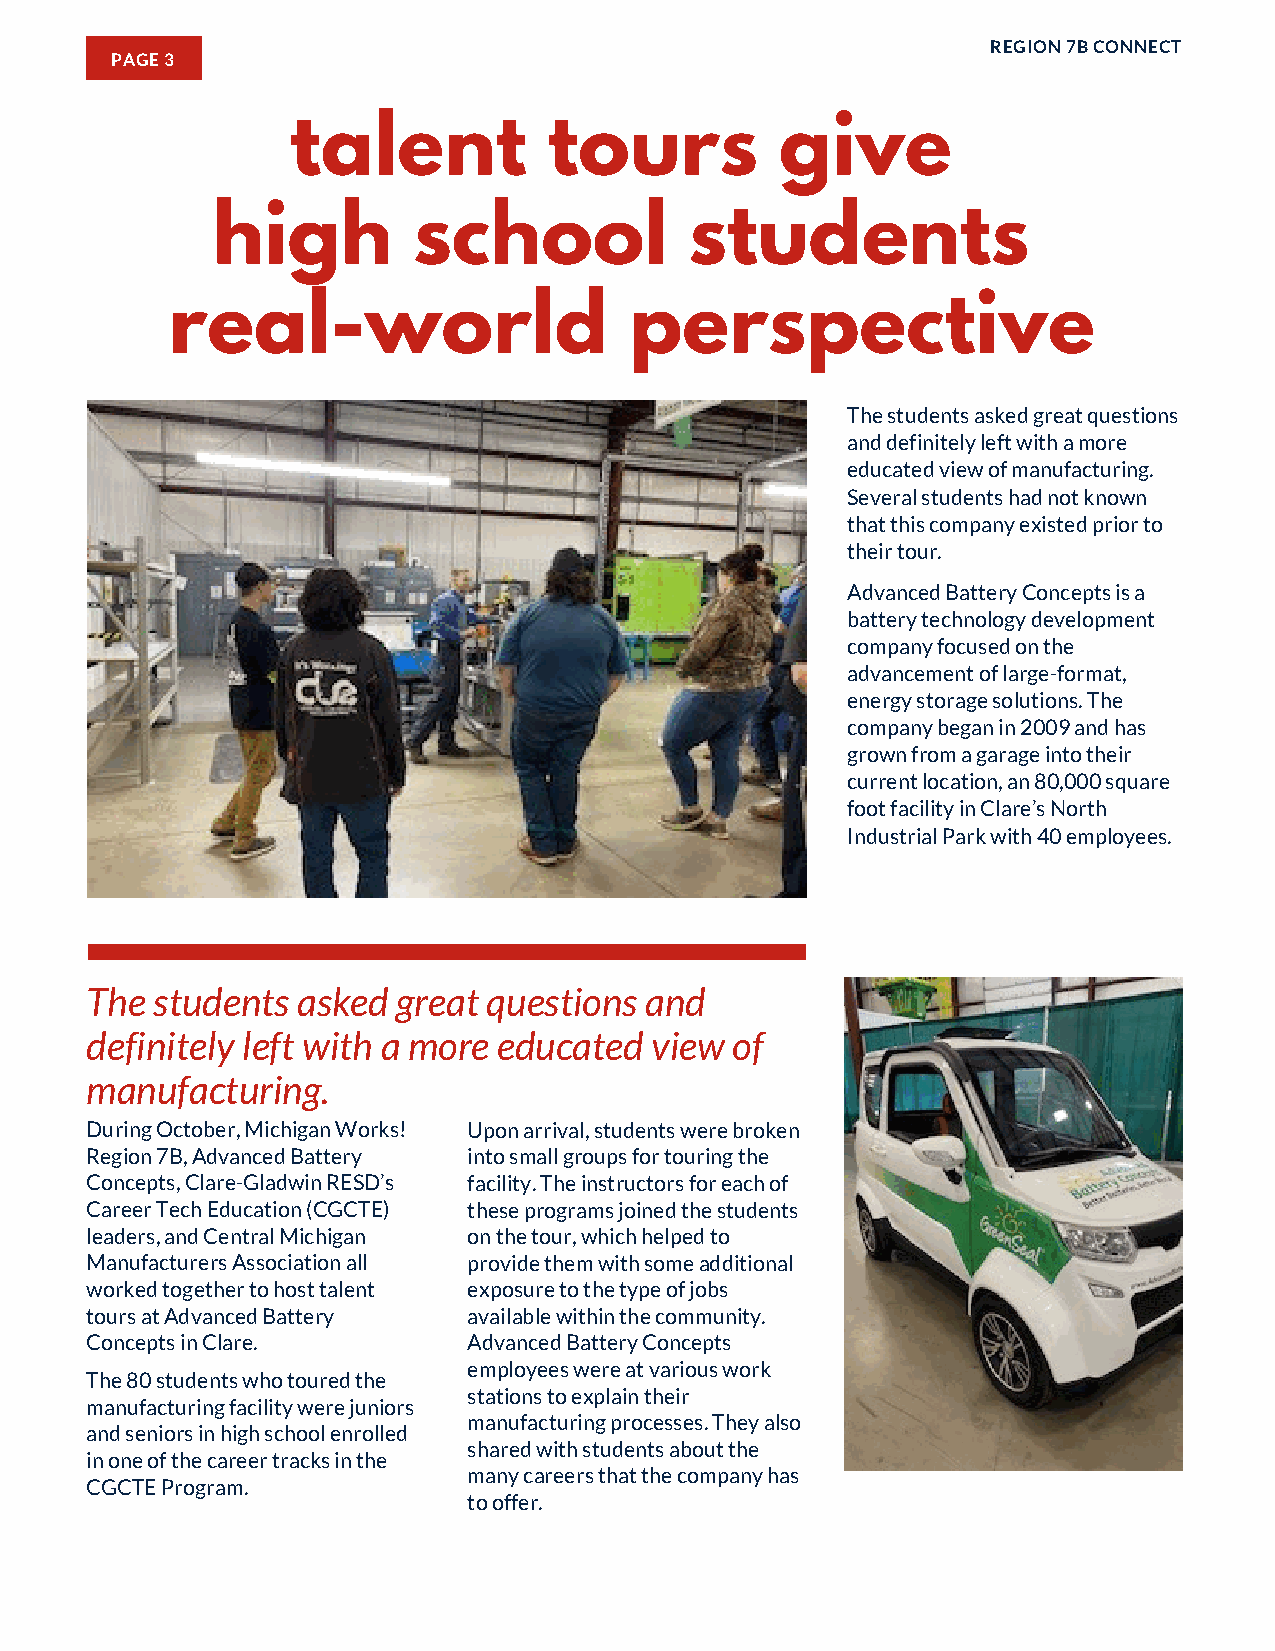
REGION 7B CONNECT
 PAGE 3
 talent           tours           give
 high         school             students
 real-world                     perspective
 The students asked great questions
 and definitely left with a more
 educated view of manufacturing.
 Several students had not known
 that this company existed prior to
 their tour.
 Advanced Battery Concepts is a
 battery technology development
 company focused on the
 advancement of large-format,
 energy storage solutions. The
 company began in 2009 and has
 grown from a garage into their
 current location, an 80,000 square
 foot facility in Clare’s North
 Industrial Park with 40 employees.
 The students  asked great questions  and
 definitely left with a more educated view of
 manufacturing.
 During October, Michigan Works! Upon arrival, students were broken
 Region 7B, Advanced Battery into small groups for touring the
 Concepts, Clare-Gladwin RESD’s facility. The instructors for each of
 Career Tech Education (CGCTE) these programs joined the students
 leaders, and Central Michigan on the tour, which helped to
 Manufacturers Association all provide them with some additional
 worked together to host talent exposure to the type of jobs
 tours at Advanced Battery available within the community.
 Concepts in Clare.       Advanced Battery Concepts
 employees were at various work
 The 80 students who toured the
 stations to explain their
 manufacturing facility were juniors
 manufacturing processes. They also
 and seniors in high school enrolled
 shared with students about the
 in one of the career tracks in the
 many careers that the company has
 CGCTE Program.
 to offer.